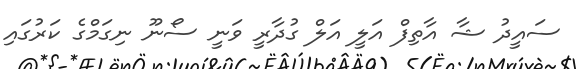
ސައީދު ޝާ އާތިފް އަލީ އަލް ގުދާރީ ވަނީ ސޯނޫ ނިގަމްގެ ކަރުގައި